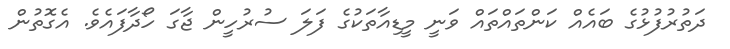
ދަތުރުފުޅުގެ ބައެއް ކަންތައްތައް ވަނީ މީޑިއާތަކުގެ ފަލަ ސުރުހީން ޖާގަ ހޯދާފައެވެ. އެގޮތުން